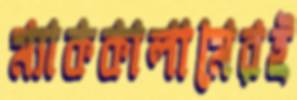
ম্যাককালামেরই